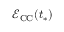
\mathcal { E } _ { \mathrm { C C } } ( t _ { * } )